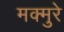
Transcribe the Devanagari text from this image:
मक्मुरे